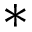
\ast